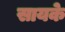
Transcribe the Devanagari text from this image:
सायके